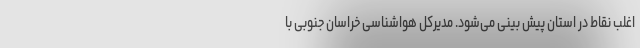
اغلب نقاط در استان پیش بینی می‌شود. مدیرکل هواشناسی خراسان جنوبی با